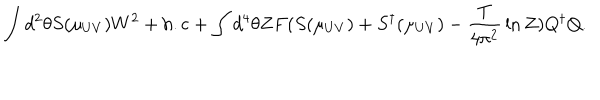
\int d ^ { 2 } \theta S ( \mu _ { U V } ) W ^ { 2 } + \mathrm { h . c } + \int d ^ { 4 } \theta Z F ( S ( \mu _ { U V } ) + S ^ { \dagger } ( \mu _ { U V } ) - { \frac { T } { 4 \pi ^ { 2 } } } \ln Z ) Q ^ { \dagger } Q .